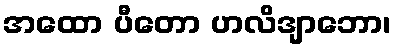
အထော ပီတော ဟလိဒျာဘော၊